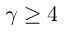
\gamma \ge 4